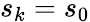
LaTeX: s_{k}=s_{0}